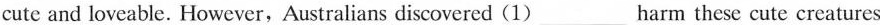
cute and loveable. However,Australians discovered (1)___harm these cute creatures